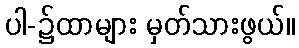
ပါ-၌ထာများ မှတ်သားဖွယ်။